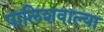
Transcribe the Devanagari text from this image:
पालिशवाल्या